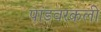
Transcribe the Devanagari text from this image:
पांडवरकली